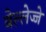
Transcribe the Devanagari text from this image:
बेल्लेज्जे